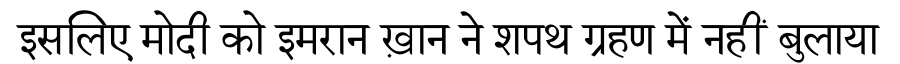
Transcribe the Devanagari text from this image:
इसलिए मोदी को इमरान ख़ान ने शपथ ग्रहण में नहीं बुलाया